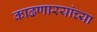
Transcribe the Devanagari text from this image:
काढणारयांच्या